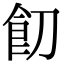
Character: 䬢